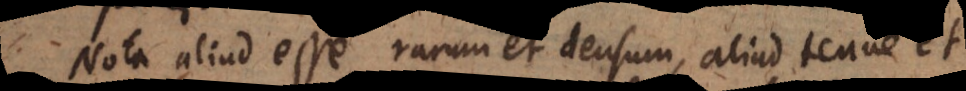
Nota aliud esse rarum et densum, aliud tenue et